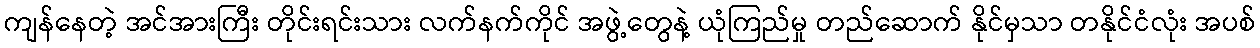
ကျန်နေတဲ့ အင်အားကြီး တိုင်းရင်းသား လက်နက်ကိုင် အဖွဲ့တွေနဲ့ ယုံကြည်မှု တည်ဆောက် နိုင်မှသာ တနိုင်ငံလုံး အပစ်